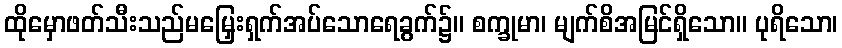
ထိုမှောဖတ်သီးသည်မမြှေးရှက်အပ်သောရေခွက်၌။ စက္ခုမာ၊ မျက်စိအမြင်ရှိသော။ ပုရိသော၊